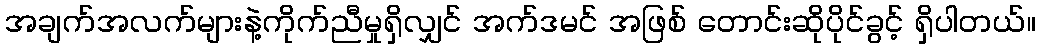
အချက်အလက်များနဲ့ကိုက်ညီမှုရှိလျှင် အက်ဒမင် အဖြစ် တောင်းဆိုပိုင်ခွင့် ရှိပါတယ်။